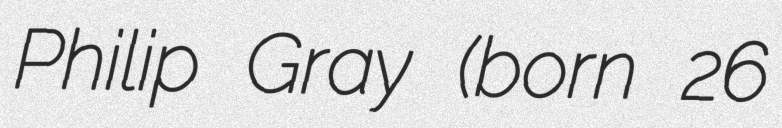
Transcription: Philip Gray (born 26